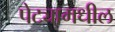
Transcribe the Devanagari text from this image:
पेट्यामधील